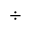
\div